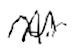
Text: Air
Cross-out: wave
Writing tool: digital_black